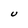
Character: U